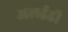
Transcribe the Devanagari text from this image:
अलईडी